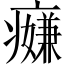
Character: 𱱪